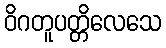
ဝိဂတူပတ္တိလေသေ